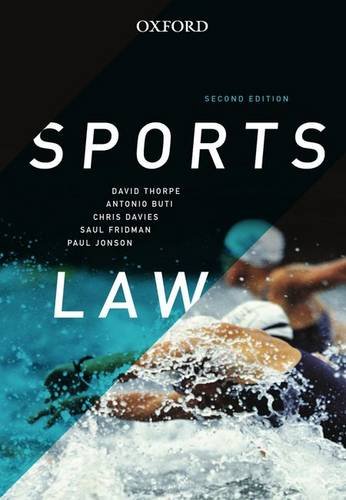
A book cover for Sports Law; David Thorpe; Law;